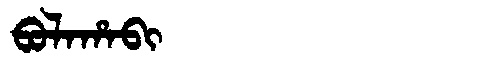
Manchu: ᠪᠣᠯᠠᡥᠠᠪᡳ
Romanization: BOLAHABI